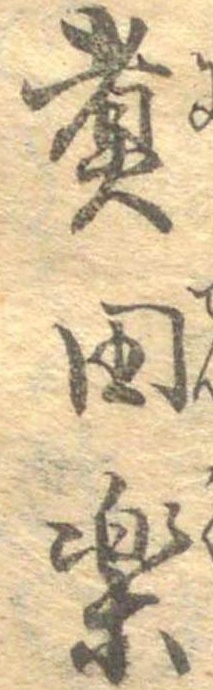
煮田楽